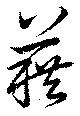
藉